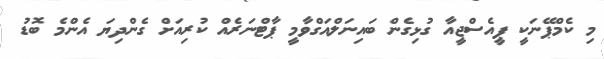
މި ކެމްޕޭނަކީ ޕީއެސްޖީއާ ގުޅިގެން ބައިނަލްއަގްވާމީ ޕާޓްނަރެއް ކުރިއަށް ގެންދިޔަ އެންމެ ބޮޑު